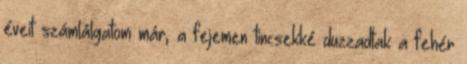
éveit számlálgatom már, a fejemen tincsekké duzzadtak a fehér